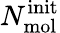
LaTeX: N_{\mathrm{mol}}^{\mathrm{init}}